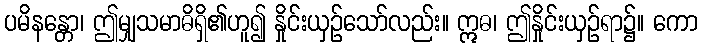
ပမိနန္တော၊ ဤမျှသမာဓိရှိ၏ဟူ၍ နှိုင်းယှဉ်သော်လည်း။ ဣဓ၊ ဤနှိုင်းယှဉ်ရာ၌။ ကော